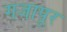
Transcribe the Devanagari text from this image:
गजापूर